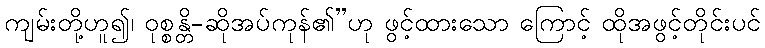
ကျမ်းတို့ဟူ၍၊ ဝုစ္စန္တိ-ဆိုအပ်ကုန်၏”ဟု ဖွင့်ထားသော ကြောင့် ထိုအဖွင့်တိုင်းပင်